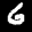
Label: 6